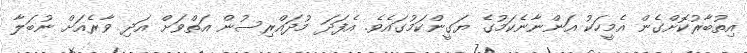
އިތުބާރުކޮށްގެން އެމީހަކު އަންނާނެކަމުގެ ޔަގީންކަމުގައެވެ. އެފަދަ މުދައްރިސުން އަތްވަށް އަދި ވާރެއަށް ނުބަލާ